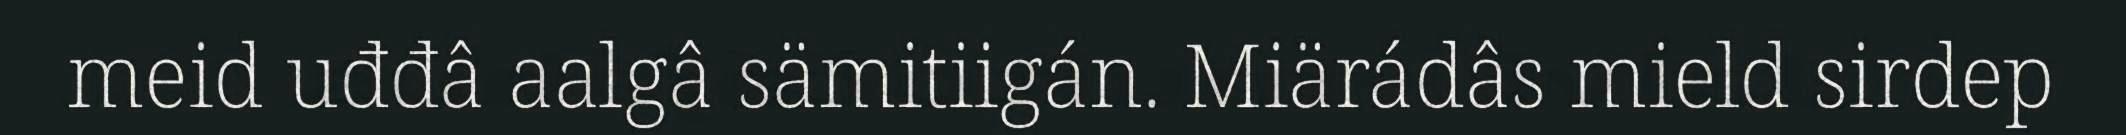
meid uđđâ aalgâ sämitiigán. Miärádâs mield sirdep